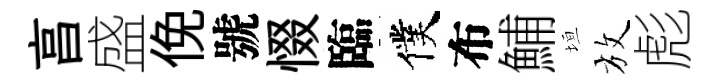
亯盛俛號惙臨僕布鯆垣放彪